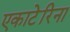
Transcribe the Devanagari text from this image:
एकाटेरिना